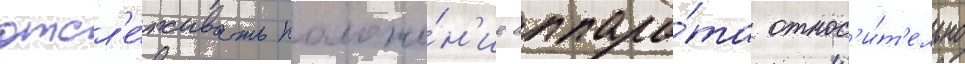
отсл'е́живать положе́н'ие аппара́та относ'и́т'ельно